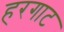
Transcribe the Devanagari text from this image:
हरगाट